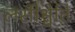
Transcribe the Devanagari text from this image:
लसीश्वेति